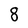
Character: 8